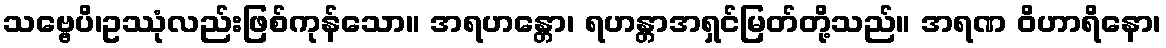
သဗ္ဗေပိ၊ဥဿုံလည်းဖြစ်ကုန်သော။ အရဟန္တော၊ ရဟန္တာအရှင်မြတ်တို့သည်။ အရဏ ဝိဟာရိနော၊